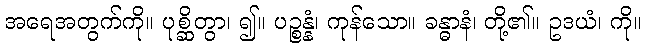
အရေအတွက်ကို။ ပုစ္ဆိတွာ၊ ၍။ ပဉ္စန္နံ၊ ကုန်သော။ ခန္ဓာနံ၊ တို့၏။ ဥဒယံ၊ ကို။